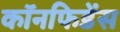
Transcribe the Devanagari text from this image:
कॉनफिडेंस